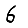
Digit: 6